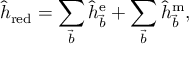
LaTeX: \hat { h } _ { \mathrm { r e d } } = \sum _ { \vec { b } } \hat { h } _ { \vec { b } } ^ { \mathrm { e } } + \sum _ { \vec { b } } \hat { h } _ { \vec { b } } ^ { \mathrm { m } } ,